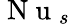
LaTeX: \mathrm{~N~u~}_{s}